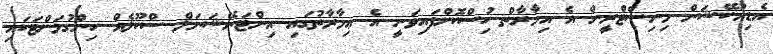
އެޑިއުކޭޝަން މިނިސްޓްރީން އެ އިމާރާތް ހުިސްކޮށްފައިވަނީ އެ ޢިމާރާތުގައި އިންޓަނޭޝަނަލް ސްކޫލެއް ހިންގުމަށްޓަކައި